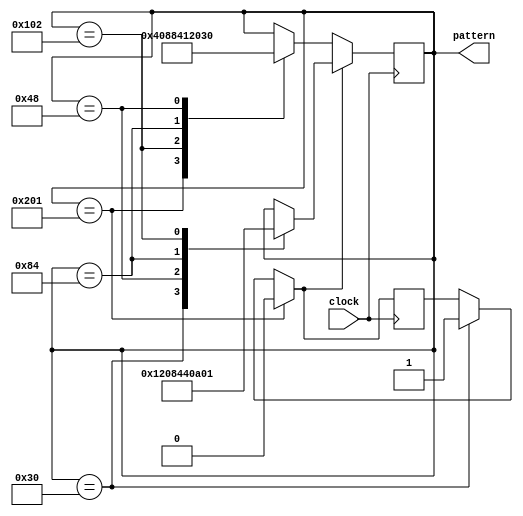
module shift_pattern(pattern, clock); 
	output[9:0] pattern; 
	input clock; 
	reg[9:0] pattern; 
	reg count_right; 
	reg count_left; 
	initial begin
		pattern = 10'b0000110000;
	end
	always@(posedge clock) begin
		if(pattern == 10'b0000110000)begin
			count_left = 1; 
			count_right = 0;
		end
		if(pattern == 10'b1000000001)begin
			count_right = 1; 
			count_left = 0; 
		end

		if(count_left == 1)begin
		case(pattern)
			10'b0000110000:pattern=10'b0001001000; 
			10'b0001001000:pattern=10'b0010000100;
			10'b0010000100:pattern=10'b0100000010;
			10'b0100000010:pattern=10'b1000000001;
		endcase
		end
		else
		case(pattern)
			10'b1000000001:pattern=10'b0100000010; 
			10'b0100000010:pattern=10'b0010000100;
			10'b0010000100:pattern=10'b0001001000;
			10'b0001001000:pattern=10'b0000110000;
			endcase
		end
	endmodule